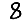
Digit: 8